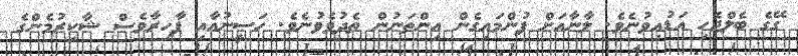
ގޭގެ ބެލްޖެހި އަޑުއިވުނެވެ. ލާނާއަށް ފުންމައިގެން އިންތަނުން ތެދުވެވުނެވެ. ހަސީނުއާއި ފާހިރާވެސް ޝާކިރުމެންގެ